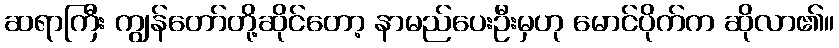
ဆရာကြီး ကျွန်တော်တို့ဆိုင်တော့ နာမည်ပေးဦးမှဟု မောင်ပိုက်က ဆိုလာ၏။